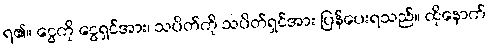
ရ၏။ ငွေကို ငွေရှင်အား၊ သပိတ်ကို သပိတ်ရှင်အား ပြန်ပေးရသည်။ ထိုနောက်